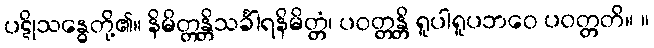
ပဋိုသန္ဓေတို့၏။ နိမိတ္တန္တိသင်္ခါရနိမိတ္တံ၊ ပဝတ္တန္တိ ရူပါရူပဘဝေ ပဝတ္တတိ။ ။